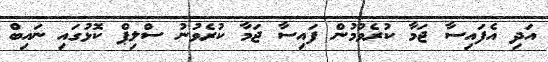
އަދި އެފައިސާ ޖަމާ ކުރެވުމުން ފައިސާ ޖަމާ ކުރެވުނު ސްލިޕް ކޮޅުގައި ނައިބް